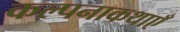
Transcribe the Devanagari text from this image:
कल्पनाकथाएँ